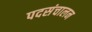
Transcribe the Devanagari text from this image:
पदसंचालन